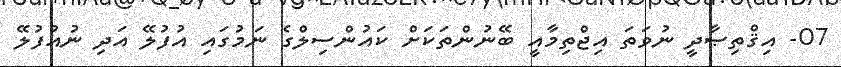
07- އިޤްތިޞާދީ ނުވަތަ އިޖްތިމާއީ ބޭނުންތަކަށް ކައުންސިލްގެ ނަމުގައި އުފުލޭ އަދި ނުއުފުލޭ